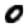
Digit: 0